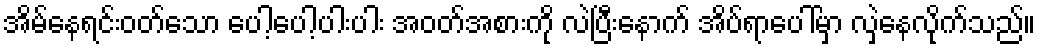
အိမ်နေရင်းဝတ်သော ပေါ့ပေါ့ပါးပါး အဝတ်အစားကို လဲပြီးနောက် အိပ်ရာပေါ်မှာ လှဲနေလိုက်သည်။